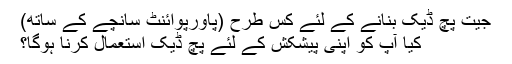
جیت پچ ڈیک بنانے کے لئے کس طرح (پاورپوائنٹ سانچے کے ساتھ)
کیا آپ کو اپنی پیشکش کے لئے پچ ڈیک استعمال کرنا ہوگا؟